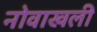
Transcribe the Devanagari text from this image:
नोवाखली